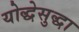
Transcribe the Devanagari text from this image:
योद्धेसुद्धा